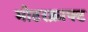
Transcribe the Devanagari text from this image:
मोटरक्राफ्ट